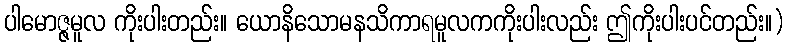
ပါမောဇ္ဇမူလ ကိုးပါးတည်း။ ယောနိသောမနသိကာရမူလကကိုးပါးလည်း ဤကိုးပါးပင်တည်း။)